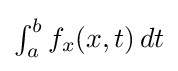
{\textstyle \int _{a}^{b}f_{x}(x,t)\,dt}